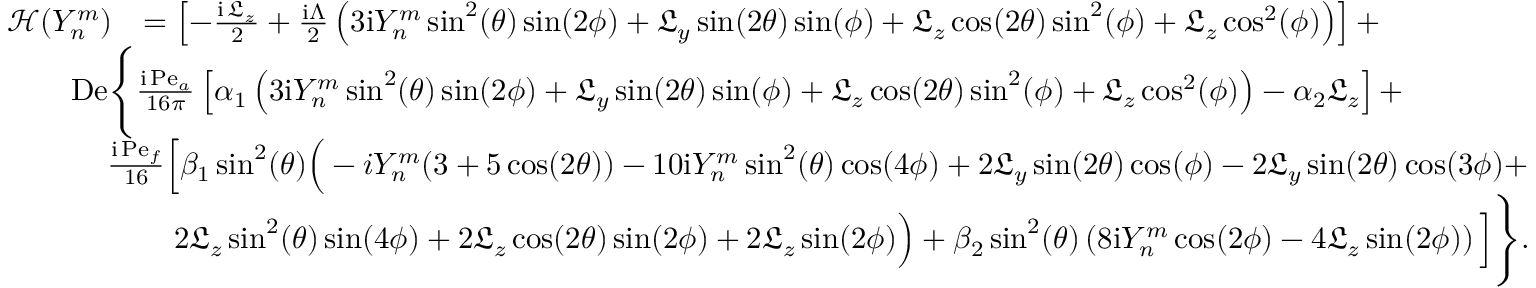
\begin{array} { r l } { \mathcal { H } ( Y _ { n } ^ { m } ) } & { = \left[ - \frac { \mathrm { i } \, \mathfrak { L } _ { z } } { 2 } + \frac { \mathrm { i } \Lambda } { 2 } \left( 3 \mathrm { i } { Y _ { n } ^ { m } } \sin ^ { 2 } ( \theta ) \sin ( 2 \phi ) + \mathfrak { L } _ { y } \sin ( 2 \theta ) \sin ( \phi ) + \mathfrak { L } _ { z } \cos ( 2 \theta ) \sin ^ { 2 } ( \phi ) + \mathfrak { L } _ { z } \cos ^ { 2 } ( \phi ) \right) \right] + } \\ & { \! \! \! \! \! \! \! \! \! \! \! \! \! \! \mathrm { D e } \Bigg \lbrace \frac { \mathrm { i } \, \mathrm { P e } _ { a } } { 1 6 \pi } \left[ \alpha _ { 1 } \left( 3 \mathrm { i } Y _ { n } ^ { m } \sin ^ { 2 } ( \theta ) \sin ( 2 \phi ) + \mathfrak { L } _ { y } \sin ( 2 \theta ) \sin ( \phi ) + \mathfrak { L } _ { z } \cos ( 2 \theta ) \sin ^ { 2 } ( \phi ) + \mathfrak { L } _ { z } \cos ^ { 2 } ( \phi ) \right) - \alpha _ { 2 } \mathfrak { L } _ { z } \right] + } \\ & { \! \! \! \! \! \! \! \frac { \mathrm { i } \, \mathrm { P e } _ { f } } { 1 6 } \Big [ \beta _ { 1 } \sin ^ { 2 } ( \theta ) \Big ( - i Y _ { n } ^ { m } ( 3 + 5 \cos ( 2 \theta ) ) - 1 0 \mathrm { i } Y _ { n } ^ { m } \sin ^ { 2 } ( \theta ) \cos ( 4 \phi ) + 2 \mathfrak { L } _ { y } \sin ( 2 \theta ) \cos ( \phi ) - 2 \mathfrak { L } _ { y } \sin ( 2 \theta ) \cos ( 3 \phi ) + } \\ & { \quad 2 \mathfrak { L } _ { z } \sin ^ { 2 } ( \theta ) \sin ( 4 \phi ) + 2 \mathfrak { L } _ { z } \cos ( 2 \theta ) \sin ( 2 \phi ) + 2 \mathfrak { L } _ { z } \sin ( 2 \phi ) \Big ) + \beta _ { 2 } \sin ^ { 2 } ( \theta ) \left( 8 \mathrm { i } Y _ { n } ^ { m } \cos ( 2 \phi ) - 4 \mathfrak { L } _ { z } \sin ( 2 \phi ) \right) \Big ] \Bigg \rbrace . } \end{array}